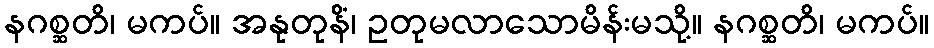
နဂစ္ဆတိ၊ မကပ်။ အနုတုနိံ၊ ဥတုမလာသောမိန်းမသို့။ နဂစ္ဆတိ၊ မကပ်။